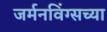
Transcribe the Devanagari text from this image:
जर्मनविंग्सच्या